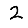
Digit: 2